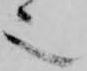
也